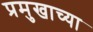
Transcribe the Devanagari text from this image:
प्रमुखाच्या